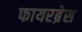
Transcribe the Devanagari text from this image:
फायरब्रेस